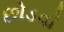
છોડવો